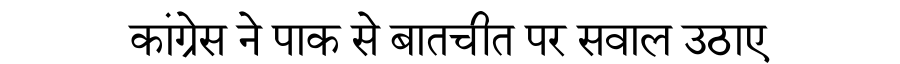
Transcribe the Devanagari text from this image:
कांग्रेस ने पाक से बातचीत पर सवाल उठाए